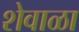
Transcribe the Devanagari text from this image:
शेवाळा